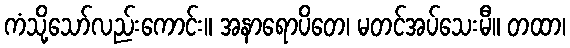
ကံသို့သော်လည်းကောင်း။ အနာရောပိတေ၊ မတင်အပ်သေးမီ။ တထာ၊